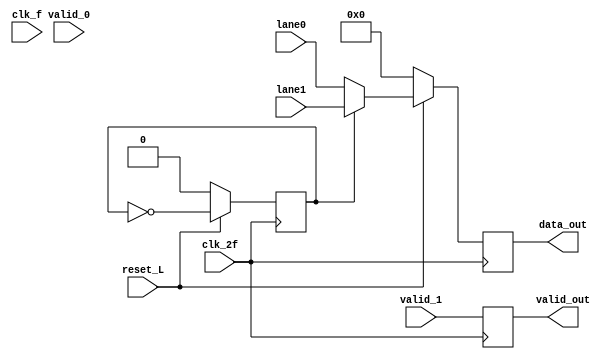
   module Byte_Unstriping(
			   output reg [31:0] data_out, 
			   input 	     reset_L, 
			   input [31:0]      lane0,
			   input [31:0]      lane1,
			   input 	     valid_0,
			   input 	     valid_1,
			   output reg 	     valid_out,
			   input 	     clk_2f,
			   input 	     clk_f);
reg selector;
always @(posedge clk_2f) begin
if (reset_L == 0) begin
   valid_out <= 1'b0;
   selector <= 0;
   data_out <= 0;
   end
else begin
   selector <= ~selector;
   valid_out <= ~valid_out;
   if (selector == 0) begin
      data_out <= lane0;
      end
      else begin
      data_out <= lane1;
      end
   end
   valid_out<=valid_0;
   valid_out<=valid_1;
end
endmodule